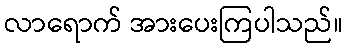
လာရောက် အားပေးကြပါသည်။